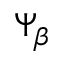
\Psi _ { \beta }